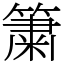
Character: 簘